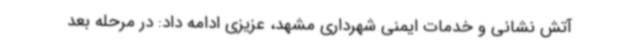
آتش نشانی و خدمات ایمنی شهرداری مشهد، عزیزی ادامه داد: در مرحله بعد